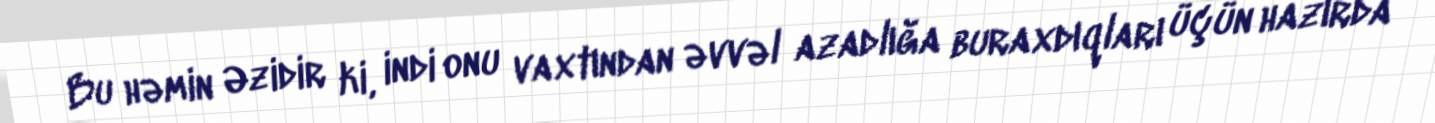
Bu həmin Əzidir ki, indi onu vaxtından əvvəl azadlığa buraxdıqları üçün hazırda